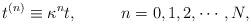
LaTeX: \begin{align*}t^{(n)}\equiv\kappa^nt, \ \ \ \ \ \ \ \ n=0,1,2,\cdots,N ,\end{align*}